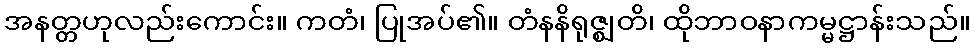
အနတ္တဟုလည်းကောင်း။ ကတံ၊ ပြုအပ်၏။ တံနနိရုဇ္ဈတိ၊ ထိုဘာဝနာကမ္မဋ္ဌာန်းသည်။